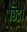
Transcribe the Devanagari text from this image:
छिद्र।